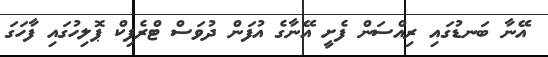
އޭނާ ބަނޑުގައި ރިއްސަން ފެށީ އޭނާގެ އުފަން ދުވަސް ޓްރެފިކް ޕޮލިހުގައި ފާހަގަ